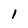
Character: 1